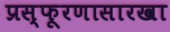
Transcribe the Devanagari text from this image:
प्रस्फूरणासारखा